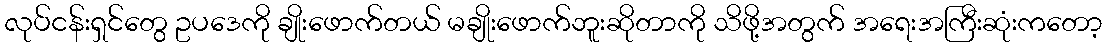
လုပ်ငန်းရှင်တွေ ဥပဒေကို ချိုးဖောက်တယ် မချိုးဖောက်ဘူးဆိုတာကို သိဖို့အတွက် အရေးအကြီးဆုံးကတော့